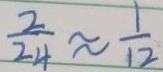
\frac { 2 } { 2 4 } \approx \frac { 1 } { 1 2 }